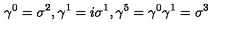
\gamma ^ { 0 } = \sigma ^ { 2 } , \gamma ^ { 1 } = i \sigma ^ { 1 } , \gamma ^ { 5 } = \gamma ^ { 0 } \gamma ^ { 1 } = \sigma ^ { 3 }